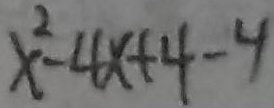
x ^ { 2 } - 4 x + 4 - 4